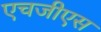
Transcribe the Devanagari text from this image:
एचजीएस